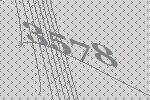
3578